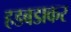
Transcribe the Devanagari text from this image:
हडबडाकर